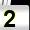
Digit: 2